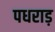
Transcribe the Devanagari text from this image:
पधराड़